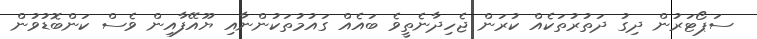
ސަޕޯޓަރުން ދިގު ދަތުރުތަކެއް ކުރަން ޖެހިދާނެތީވެ ބައެއް ގައުމުތަކުންނާއި ޔޫއޭފާއިން ވެސް ކަންބޮޑުވުން